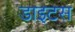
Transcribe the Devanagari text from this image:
डाइटस